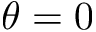
\theta = 0